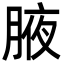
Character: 腋